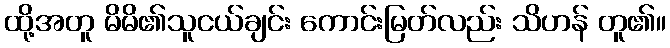
ထို့အတူ မိမိ၏သူငယ်ချင်း ကောင်းမြတ်လည်း သိဟန် တူ၏။